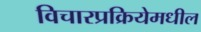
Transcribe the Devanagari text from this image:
विचारप्रक्रियेमधील